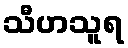
သီဟသူရ